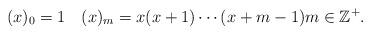
LaTeX: \begin{align*}(x)_0=1 \quad(x)_m=x(x+1)\cdots(x+m-1) m\in \mathbb{Z}^{+}.\end{align*}